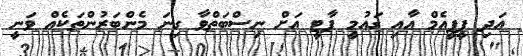
އަދި ޕީޕީއެމް އާއި ގައުމީ ޕާޓީ އަށް ނިސްބަތްވާ ގިނަ މެންބަރުންތަކެއް ވަނީ